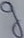
Text: g